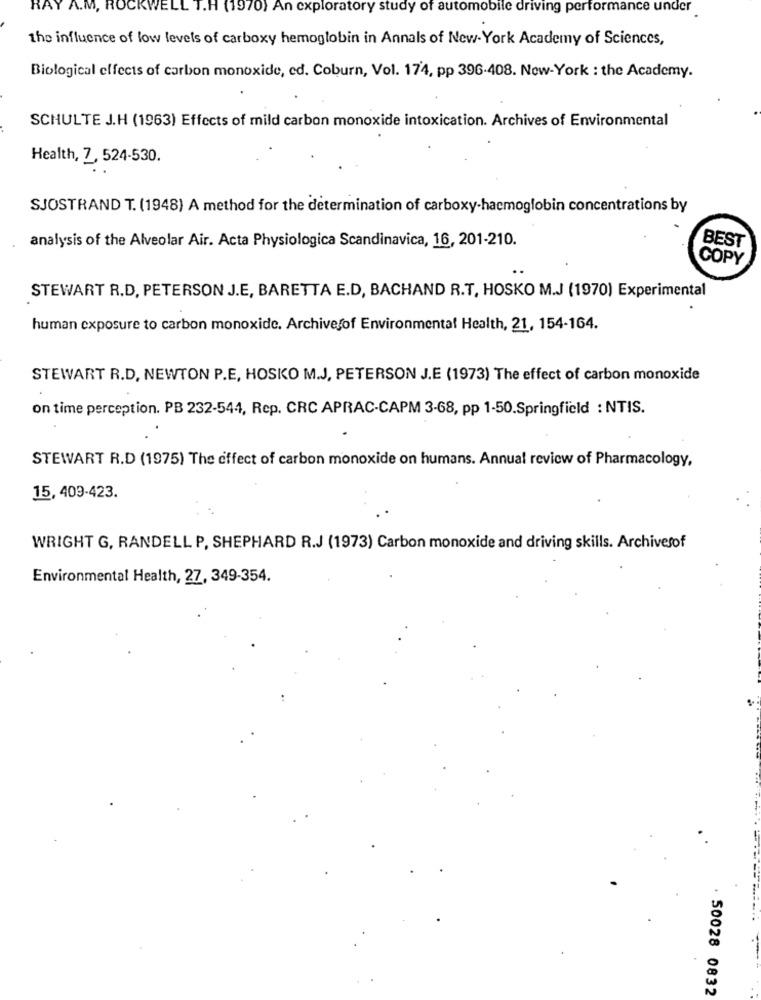
RAY A.M. ROCKWELL T.H (1970) An exploratory study of automobile driving performance under
the influence of low levels of carboxy hemoglobin in Annals of New- York Academy of Sciences,
Biological effects of carbon monoxide, ed. Coburn, Vol. 174, pp 396-408. New-York : the Academy.
SCHULTE J.H (1963) Effects of mild carbon monoxide intoxication. Archives of Environmental
Health, 7, 524-530.
SJOSTRAND T. (1948) A method for the determination of carboxy-haemoglobin concentrations by
analysis of the Alveolar Air. Acta Physiologica Scandinavica, 16, 201-210.
BEST
COPY
STEWART R.D, PETERSON J.E, BARETTA E.D, BACHAND R.T, HOSKO M.J (1970) Experimental
human exposure to carbon monoxide. Archivesof Environmental Health, 21, 154-164.
STEWART R.D, NEWTON P.E, HOSKO M.J, PETERSON J.E (1973) The effect of carbon monoxide
on time perception. PB 232-544, Rep. CRC APRAC-CAPM 3-68, pp 1-50.Springfield : NTIS.
STEWART R.D (1975) The effect of carbon monoxide on humans. Annual review of Pharmacology,
15, 409-423.
WRIGHT G, RANDELL P, SHEPHARD R.J (1973) Carbon monoxide and driving skills. Archivesof
Environmental Health, 27, 349-354.
50028 0832